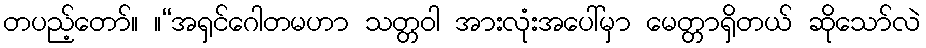
တပည့်တော်။ ။“အရှင်ဂေါတမဟာ သတ္တဝါ အားလုံးအပေါ်မှာ မေတ္တာရှိတယ် ဆိုသော်လဲ